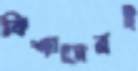
বিশাদেরই